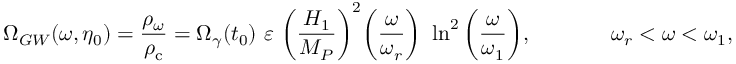
\Omega _ { G W } ( \omega , \eta _ { 0 } ) = \frac { \rho _ { \omega } } { \rho _ { \mathrm { c } } } = \Omega _ { \gamma } ( t _ { 0 } ) ~ \varepsilon ~ \biggl ( \frac { H _ { 1 } } { M _ { P } } \biggr ) ^ { 2 } \biggl ( \frac { \omega } { \omega _ { r } } \biggr ) ~ \ln ^ { 2 } { \biggl ( \frac { \omega } { \omega _ { 1 } } \biggr ) } , ~ ~ ~ ~ ~ ~ ~ ~ ~ ~ ~ \omega _ { r } < \omega < \omega _ { 1 } ,